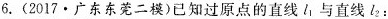
6.(2017·广东东莞二模)已知过原点的直线l与直线l_{1}与直线l_{2}：